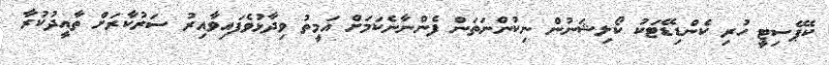
ކެޕޭސިޓީ ހުރި ކެންޑިޑޭޓަކު ކޯލިޝަނުން ނިކުންނަތަން ފެންނާނެކަމަށް އަމީތު ވިދާޅުވެފައިވާއިރު ސަރުކާރަށް ތާއީދުކުރާ